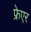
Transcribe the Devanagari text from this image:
फ्रेएर